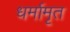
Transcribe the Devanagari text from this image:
धर्मामृत